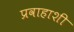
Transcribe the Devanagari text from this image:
प्रवाहाशी